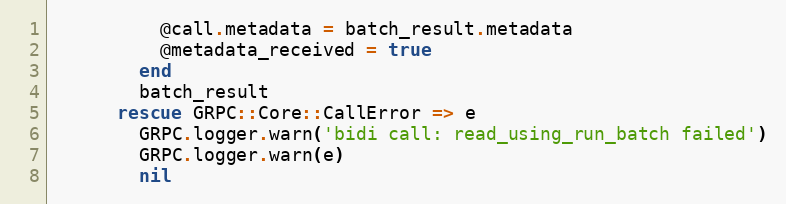
Language: Ruby
          @call.metadata = batch_result.metadata
          @metadata_received = true
        end
        batch_result
      rescue GRPC::Core::CallError => e
        GRPC.logger.warn('bidi call: read_using_run_batch failed')
        GRPC.logger.warn(e)
        nil